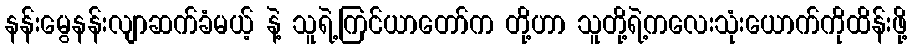
နန်းမွေနန်းလျာဆက်ခံမယ့် နဲ့ သူရဲ့ကြင်ယာတော်က တို့ဟာ သူတို့ရဲ့ကလေးသုံးယောက်ကိုထိန်းဖို့